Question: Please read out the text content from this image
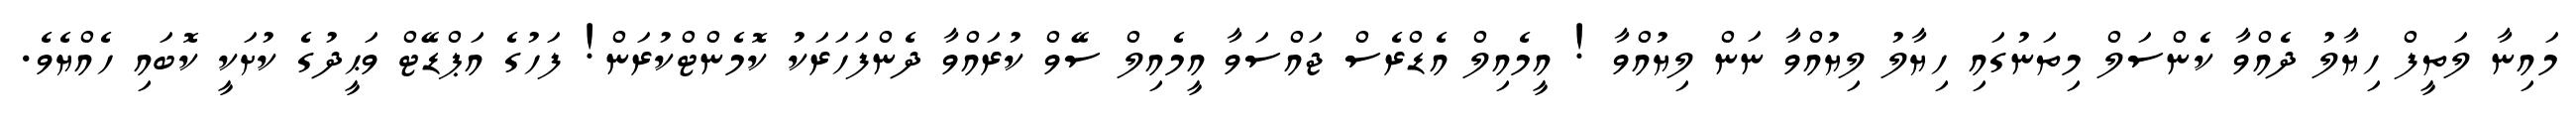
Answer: މައިނާ ލަތީފް ހިޔާލު ދެއްވާ ކެންސަލް މިތަނުގައި ހިޔާލު ލިޔުއްވާ ނަން ލިޔުއްވާ ! އީމެއިލް އެޑްރެސް ޖައްސަވާ އީމެއިލް ސޭވް ކުރައްވާ ދެންފަހަރަކު ކޮމެންޓްކުރަން! ފަހުގެ އަޕްޑޭޓް ވަޙީދުގެ ކުށަކީ ކޮބައި ހެއްޔެވެ.